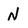
Character: N